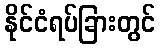
နိုင်ငံရပ်ခြားတွင်